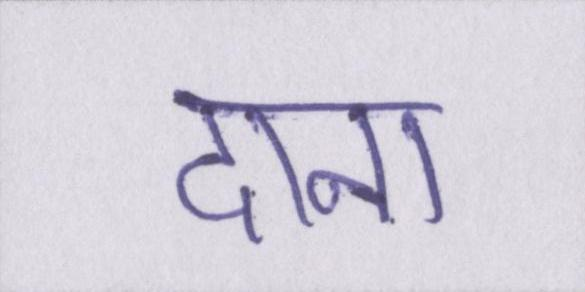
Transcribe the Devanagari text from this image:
दाना